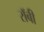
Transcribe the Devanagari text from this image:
राॅबी